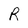
Character: R